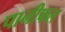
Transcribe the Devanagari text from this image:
पानीफल